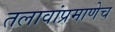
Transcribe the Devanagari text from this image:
तलावांप्रमाणेच